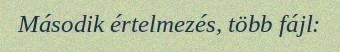
Második értelmezés, több fájl: